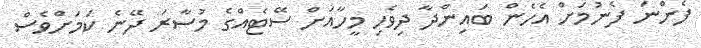
ފެންނަ ފެނުމަށް އެހެން ބައިންދާ ދިވެހި މީހާއަށް ސޭޓެއްގެ މުސާރަ ދޭނެ ކަމަށްވެސް